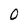
Character: 0